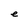
Character: e